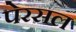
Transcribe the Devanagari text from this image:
पेरसल